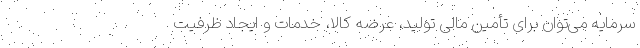
سرمایه می‌توان برای تأمین مالی تولید، عرضه کالا، خدمات و ایجاد ظرفیت